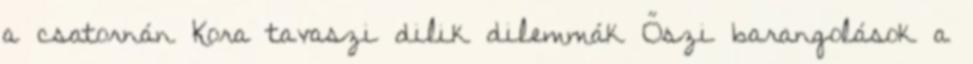
a csatornán Kora tavaszi dilik dilemmák Őszi barangolások a